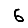
Digit: 6